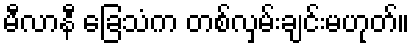
မီလာနီ ခြေသံက တစ်လှမ်းချင်းမဟုတ်။